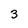
Character: 3